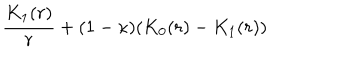
\frac { K _ { 1 } ( r ) } { r } + ( 1 - \kappa ) ( K _ { 0 } ( r ) - K _ { 1 } ( r ) )